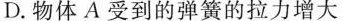
D.物体A受到的弹簧的拉力增大